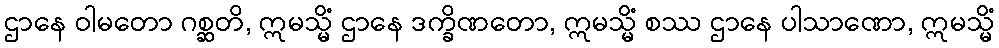
ဌာနေ ဝါမတော ဂစ္ဆတိ, ဣမသ္မိံ ဌာနေ ဒက္ခိဏတော, ဣမသ္မိံ စဿ ဌာနေ ပါသာဏော, ဣမသ္မိံ